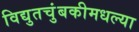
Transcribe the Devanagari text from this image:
विद्युतचुंबकीमधल्या